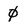
Character: 0